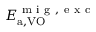
E _ { \mathrm { a , V O } } ^ { \mathrm { ~ m ~ i ~ g ~ , ~ e ~ x ~ c ~ } }